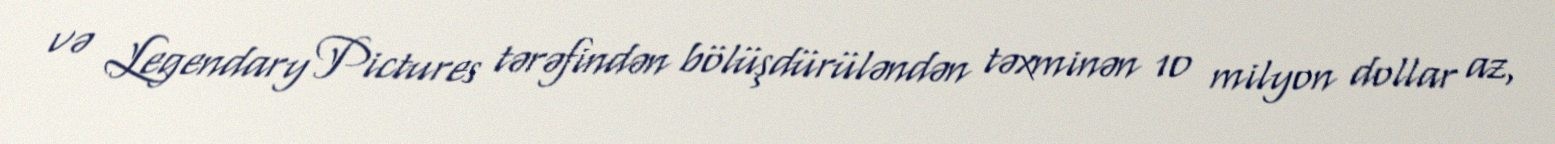
və Legendary Pictures tərəfindən bölüşdürüləndən təxminən 10 milyon dollar az,